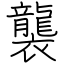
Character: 襲